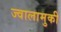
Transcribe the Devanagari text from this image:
ज्वालामुकी